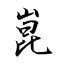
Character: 崑